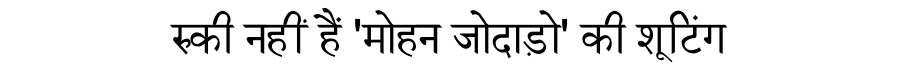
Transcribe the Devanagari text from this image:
रुकी नहीं हैं 'मोहन जोदाड़ो' की शूटिंग